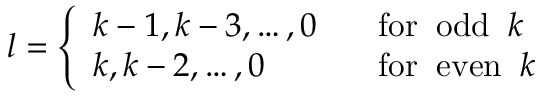
l = \left\{ \begin{array} { l l } { { k - 1 , k - 3 , \ldots , 0 } } & { { \; \; \; \mathrm { f o r \; \; o d d \; \; } k } } \\ { { k , k - 2 , \ldots , 0 } } & { { \; \; \; \mathrm { f o r \; \; e v e n \; \; } k } } \end{array} \right. \nonumber